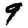
Digit: 9